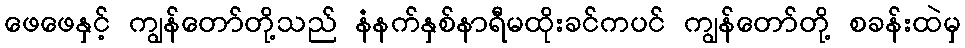
ဖေဖေနှင့် ကျွန်တော်တို့သည် နံနက်နှစ်နာရီမထိုးခင်ကပင် ကျွန်တော်တို့ စခန်းထဲမှ